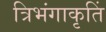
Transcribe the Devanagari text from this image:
त्रिभंगाकृतिं